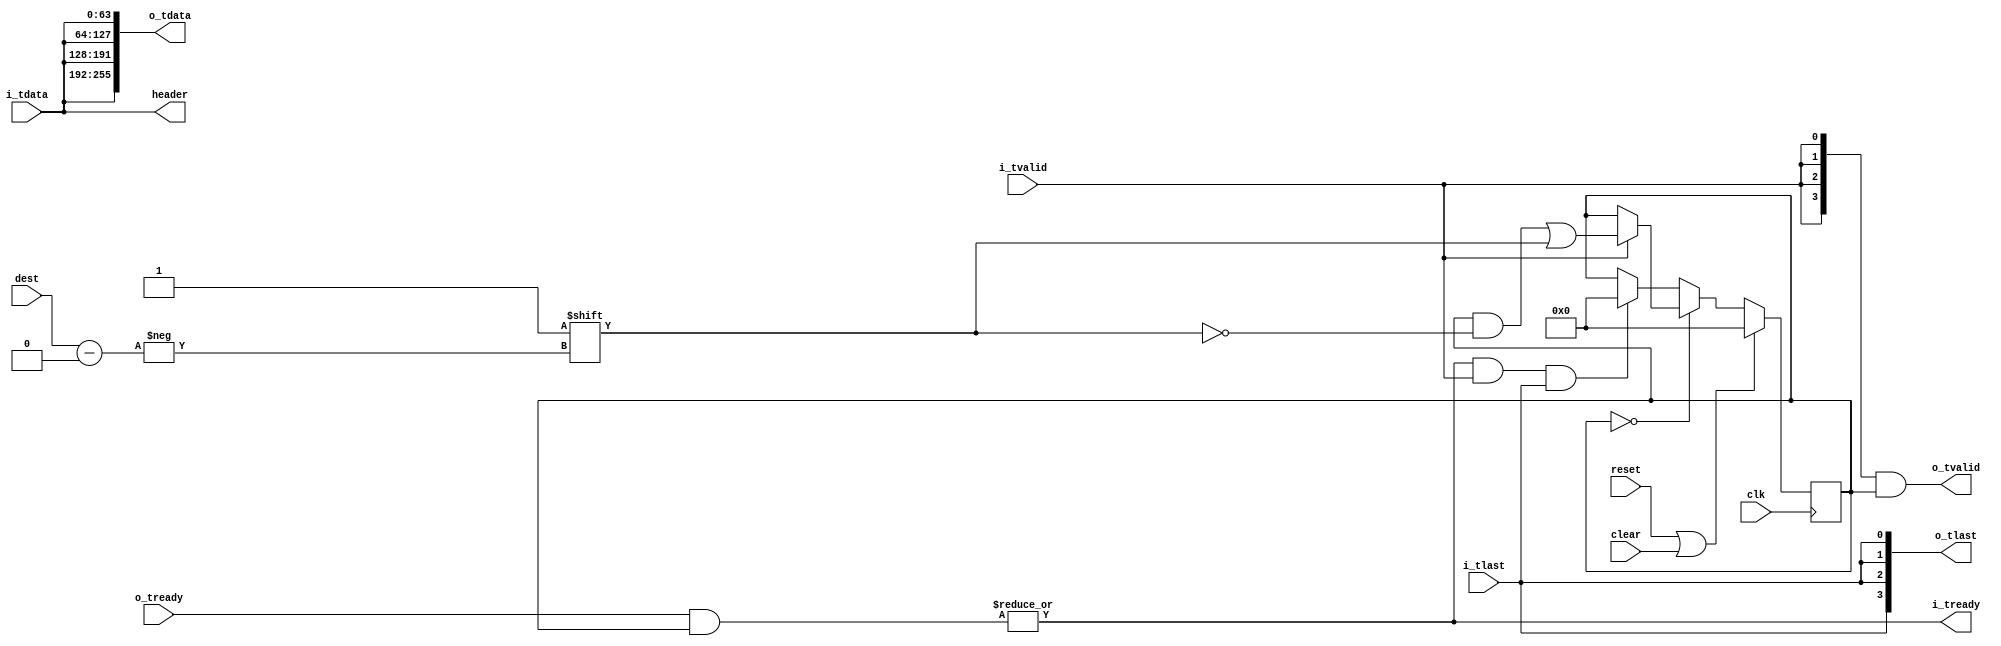

// Copyright 2012 Ettus Research LLC
// axi_demux -- takes 1 AXI stream, demuxes to up to 16 output streams
//  One bubble cycle between each packet

module axi_demux
  #(parameter WIDTH=64,
    parameter SIZE=4,
    parameter PRE_FIFO_SIZE=0,
    parameter POST_FIFO_SIZE=0)
   (input clk, input reset, input clear,
    output [WIDTH-1:0] header, input [3:0] dest,
    input [WIDTH-1:0] i_tdata, input i_tlast, input i_tvalid, output i_tready,
    output [(WIDTH*SIZE)-1:0] o_tdata, output [SIZE-1:0] o_tlast, output [SIZE-1:0] o_tvalid, input [SIZE-1:0] o_tready);

   wire i_tlast_int, i_tready_int, i_tvalid_int;
   wire [WIDTH-1:0] i_tdata_int;
   generate
     if (PRE_FIFO_SIZE == 0) begin
       assign i_tlast_int = i_tlast;
       assign i_tdata_int = i_tdata;
       assign i_tvalid_int = i_tvalid;
       assign i_tready = i_tready_int;
     end else begin
       axi_fifo #(.WIDTH(WIDTH+1),.SIZE(PRE_FIFO_SIZE)) axi_fifo (
         .clk(clk), .reset(reset), .clear(clear),
         .i_tdata({i_tlast,i_tdata}), .i_tvalid(i_tvalid), .i_tready(i_tready),
         .o_tdata({i_tlast_int,i_tdata_int}), .o_tvalid(i_tvalid_int), .o_tready(i_tready_int),
         .space(), .occupied());
     end
   endgenerate

   reg [SIZE-1:0] 	      st;

   assign header = i_tdata_int;

   always @(posedge clk)
     if(reset | clear)
       st <= {SIZE{1'b0}};
     else
       if(st == 0)
	 if(i_tvalid_int)
	   st[dest] <= 1'b1;
	 else
	   ;
       else
	 if(i_tready_int & i_tvalid_int & i_tlast_int)
	   st <= {SIZE{1'b0}};
   
   wire [SIZE-1:0]  o_tlast_int, o_tready_int, o_tvalid_int;
   wire [WIDTH-1:0] o_tdata_int[0:SIZE-1];
   genvar n;
   generate
     if (POST_FIFO_SIZE == 0) begin
       assign o_tdata = {SIZE{i_tdata_int}};
       assign o_tlast = {SIZE{i_tlast_int}};
       assign o_tvalid = {SIZE{i_tvalid_int}} & st;
       assign i_tready_int = |(o_tready & st);
     end else begin
       wire [SIZE-1:0] o_tready_fifo;
       assign i_tready_int = |(o_tready_fifo & st);
       for (n = 0; n < SIZE; n = n + 1) begin
         axi_fifo #(.WIDTH(WIDTH+1),.SIZE(POST_FIFO_SIZE)) axi_fifo (
           .clk(clk), .reset(reset), .clear(clear),
           .i_tdata({i_tlast_int,i_tdata_int}), .i_tvalid(i_tvalid_int & st[n]), .i_tready(o_tready_fifo[n]),
           .o_tdata({o_tlast[n],o_tdata[WIDTH*(n+1)-1:WIDTH*n]}), .o_tvalid(o_tvalid[n]), .o_tready(o_tready[n]),
           .space(), .occupied());
       end
     end
   endgenerate

endmodule // axi_demux